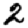
Digit: 2